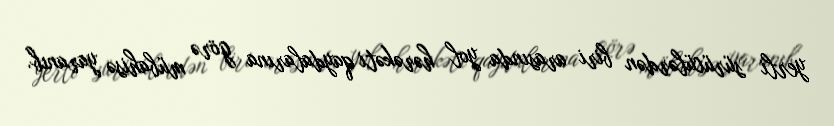
yerli sürücülərdən biri arasında yol hərəkəti qaydalarına görə mübahisə yaranıb.